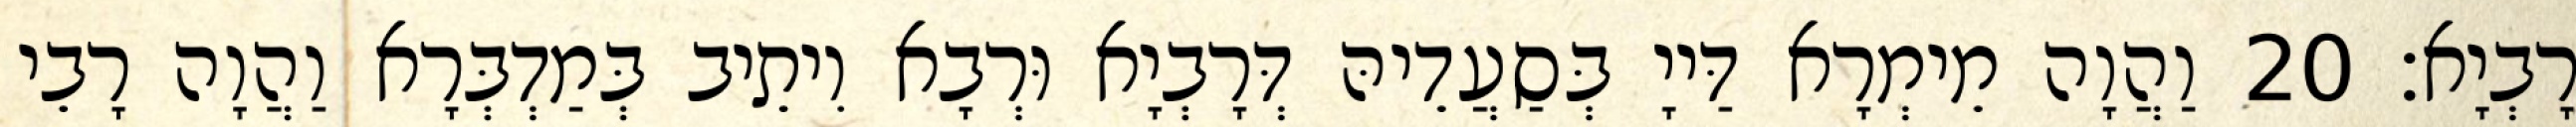
רָבְיָא׃ 20 וַהֲוָה מֵימְרָא דַּייָ בְּסַעֲדֵיהּ דְּרָבְיָא וּרְבָא וִיתֵיב בְּמַדְבְּרָא וַהֲוָה רָבֵי